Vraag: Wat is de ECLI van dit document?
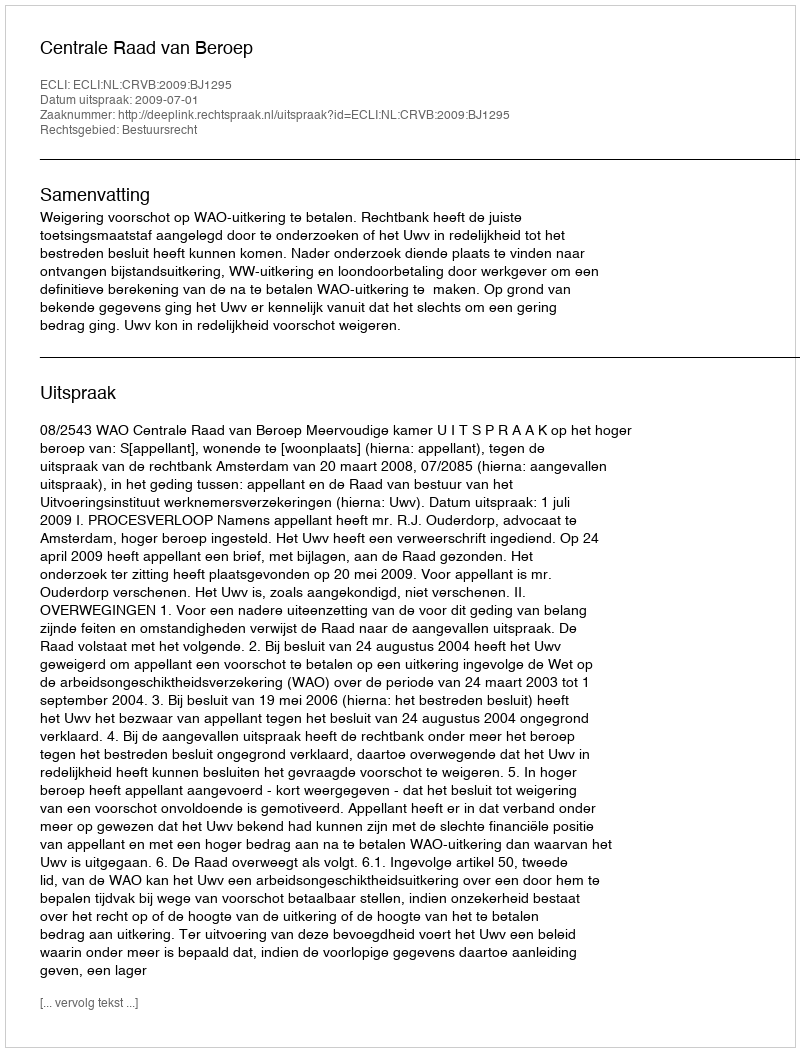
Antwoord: ECLI:NL:CRVB:2009:BJ1295